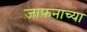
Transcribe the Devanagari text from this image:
जाफनाच्या